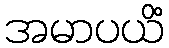
အမာပယိံ